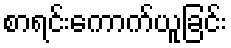
စာရင်းကောက်ယူခြင်း